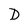
Character: D